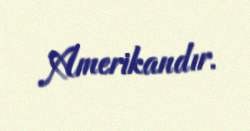
Amerikandır.